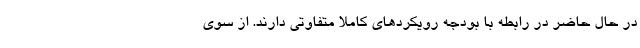
در حال حاضر در رابطه با بودجه رویکردهای کاملا متفاوتی دارند. از سوی